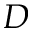
D